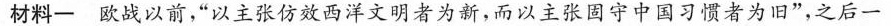
材料一欧战以前，”以主张仿效西洋文明者为新，